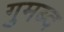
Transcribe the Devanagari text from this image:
गुमब्द